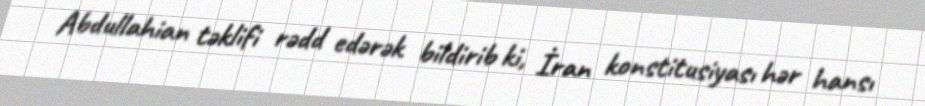
Abdullahian təklifi rədd edərək bildirib ki, İran konstitusiyası hər hansı